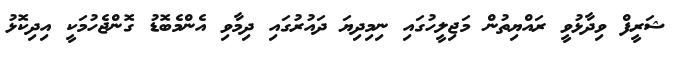
ޝަރީފް ވިދާޅުވީ ރައްޔިތުން މަޖިލީހުގައި ނިމިދިޔަ ދައުރުގައި ދިމާވި އެންމެބޮޑު ގޮންޖެހުމަކީ އިދިކޮޅު